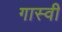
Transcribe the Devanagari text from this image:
गास्वी